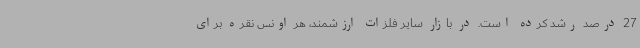
27 درصد رشد کرده است. در بازار سایر فلزات ارزشمند، هر اونس نقره برای